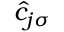
\hat { c } _ { j \sigma }